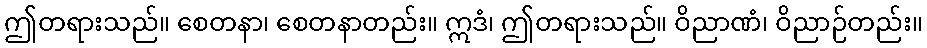
ဤတရားသည်။ စေတနာ၊ စေတနာတည်း။ ဣဒံ၊ ဤတရားသည်။ ဝိညာဏံ၊ ဝိညာဉ်တည်း။